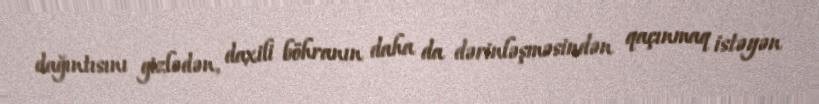
dağıntısını gizlədən, daxili böhranın daha da dərinləşməsindən qaçınmaq istəyən